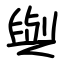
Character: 與